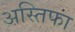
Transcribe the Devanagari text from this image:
अस्तिफा